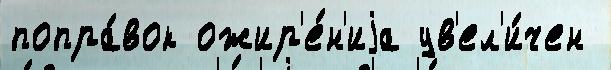
попра́вок ожир'е́н'иjа ув'ел'и́чен